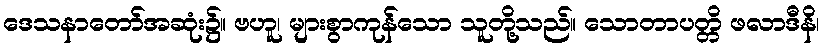
ဒေသနာတော်အဆုံး၌။ ဗဟူ၊ များစွာကုန်သော သူတို့သည်။ သောတာပတ္တိ ဖလာဒီနိ၊